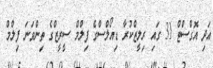
އަދި އޮގްސްޓް 31 ގައި ރިލީޒްކުރާ ޑިއޯލްސްގެ ފިލްމް ސީރީޒްގެ ތިންވަނަ ފިލްމް